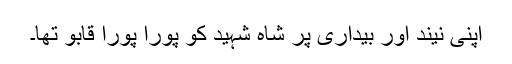
اپنی نیند اور بیداری پر شاہ شہیدؒ کو پورا پورا قابو تھا۔